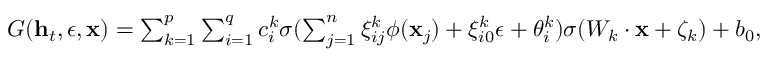
\begin{array} { r } { G ( \mathbf { h } _ { t } , \epsilon , \mathbf { x } ) = \sum _ { k = 1 } ^ { p } \sum _ { i = 1 } ^ { q } c _ { i } ^ { k } \sigma ( \sum _ { j = 1 } ^ { n } \xi _ { i j } ^ { k } \phi ( \mathbf { x } _ { j } ) + \xi _ { i 0 } ^ { k } \epsilon + \theta _ { i } ^ { k } ) \sigma ( W _ { k } \cdot \mathbf { x } + \zeta _ { k } ) + b _ { 0 } , } \end{array}